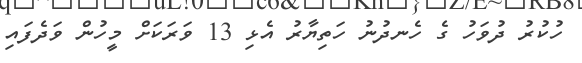
ހުކުރު ދުވަހު ގެ ހެނދުނު ހަތިޔާރު އެޅި 13 ވަރަކަށް މީހުން ވަދެފައި